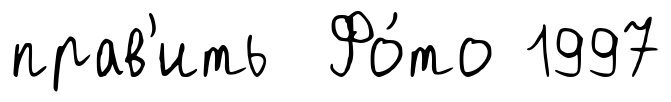
прав'ить Фо́то 1997